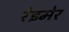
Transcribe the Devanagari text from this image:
रेइमेर